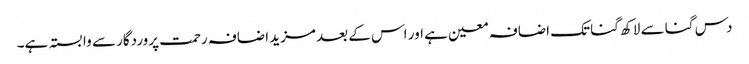
دس گنا سے لاکھ گنا تک اضافہ معین ہے اور اس کے بعد مزید اضافہ رحمت پروردگار سے وابستہ ہے۔